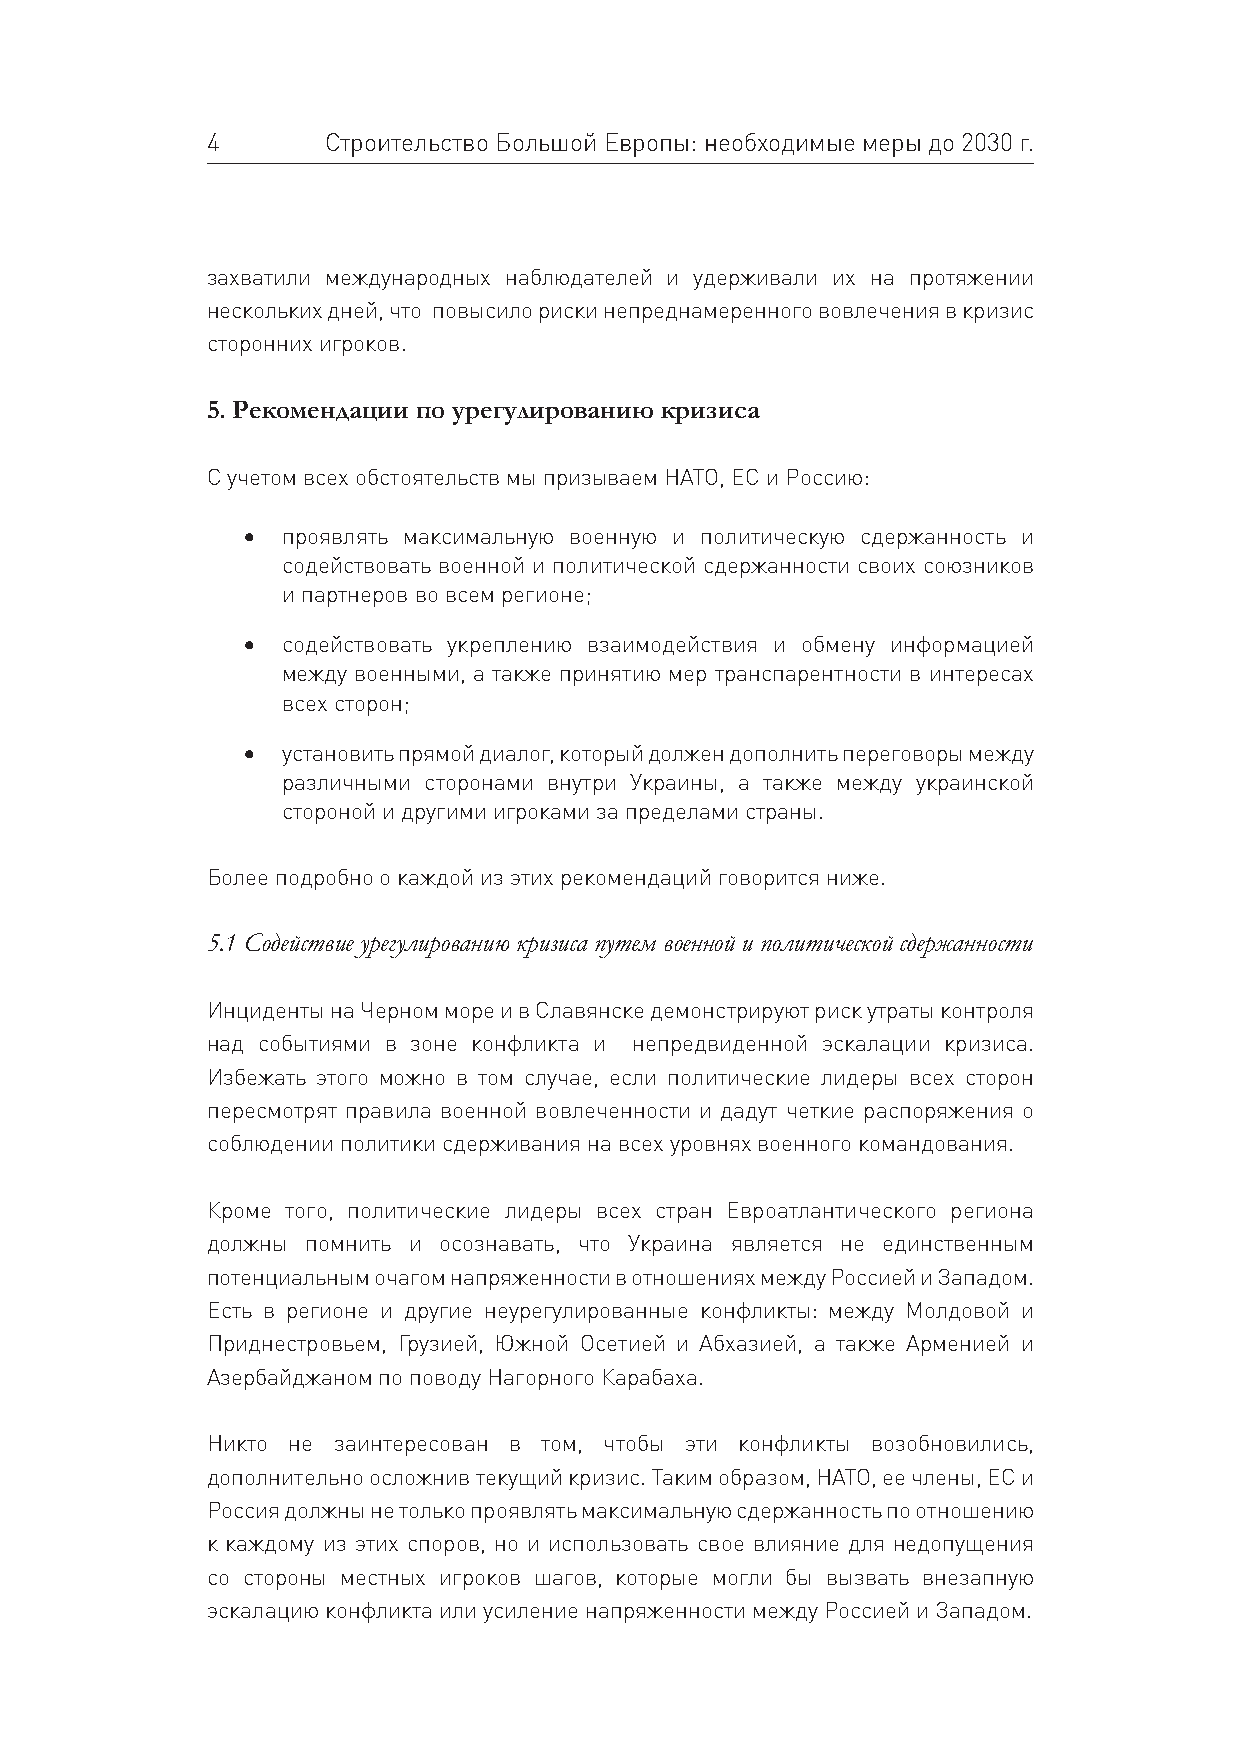
4      Строительство Большой Европы: необходимые меры до 2030 г.
 захватили международных наблюдателей и удерживали их на протяжении
 нескольких дней, что повысило риски непреднамеренного вовлечения в кризис
 сторонних игроков.
 5. Рекомендации по урегулированию кризиса
 С учетом всех обстоятельств мы призываем НАТО, ЕС и Россию:
 •  проявлять максимальную военную и политическую сдержанность и
 содействовать военной и политической сдержанности своих союзников
 и партнеров во всем регионе;
 •  содействовать укреплению взаимодействия и обмену информацией
 между военными, а также принятию мер транспарентности в интересах
 всех сторон;
 •  установить прямой диалог, который должен дополнить переговоры между
 различными сторонами внутри Украины, а также между украинской
 стороной и другими игроками за пределами страны.
 Более подробно о каждой из этих рекомендаций говорится ниже.
 5.1 Содействие урегулированию кризиса путем военной и политической сдержанности
 Инциденты на Черном море и в Славянске демонстрируют риск утраты контроля
 над событиями в зоне конфликта и непредвиденной эскалации кризиса.
 Избежать этого можно в том случае, если политические лидеры всех сторон
 пересмотрят правила военной вовлеченности и дадут четкие распоряжения о
 соблюдении политики сдерживания на всех уровнях военного командования.
 Кроме того, политические лидеры всех стран Евроатлантического региона
 должны помнить и осознавать, что Украина является не единственным
 потенциальным очагом напряженности в отношениях между Россией и Западом.
 Есть в регионе и другие неурегулированные конфликты: между Молдовой и
 Приднестровьем, Грузией, Южной Осетией и Абхазией, а также Арменией и
 Азербайджаном по поводу Нагорного Карабаха.
 Никто не заинтересован в том, чтобы эти конфликты возобновились,
 дополнительно осложнив текущий кризис. Таким образом, НАТО, ее члены, ЕС и
 Россия должны не только проявлять максимальную сдержанность по отношению
 к каждому из этих споров, но и использовать свое влияние для недопущения
 со стороны местных игроков шагов, которые могли бы вызвать внезапную
 эскалацию конфликта или усиление напряженности между Россией и Западом.